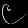
Digit: ၉